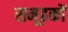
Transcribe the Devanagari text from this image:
समूहकों